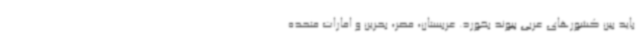
باید بین کشورهای عربی پیوند بخورد. عربستان، مصر، بحرین و امارات متحده